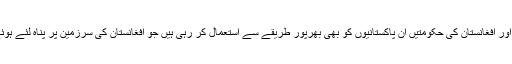
بھارت اور افغانستان کی حکومتیں ان پاکستانیوں کو بھی بھرپور طریقے سے استعمال کر رہی ہیں جو افغانستان کی سرزمین پر پناہ لئے ہوئے ہیں ۔